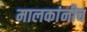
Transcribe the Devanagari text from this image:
मालकांनीच